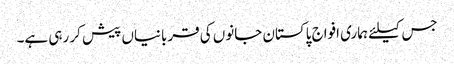
جس کیلئے ہماری افواج پاکستان جانوں کی قربانیاں پیش کر رہی ہے۔